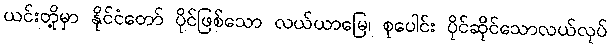
ယင်းတို့မှာ နိုင်ငံတော် ပိုင်ဖြစ်သော လယ်ယာမြေ၊ စုပေါင်း ပိုင်ဆိုင်သောလယ်လုပ်